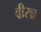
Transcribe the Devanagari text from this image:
वीरन्न